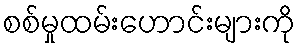
စစ်မှုထမ်းဟောင်းများကို